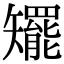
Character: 矲